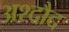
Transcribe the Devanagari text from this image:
अश्दौद